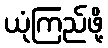
ယုံကြည်ဖို့